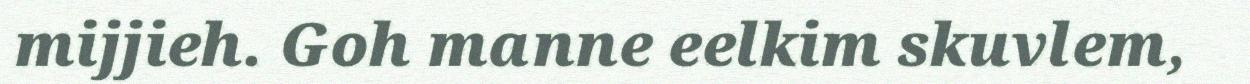
mijjieh. Goh manne eelkim skuvlem,